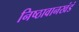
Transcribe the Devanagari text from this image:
निष्ठावानखंडं